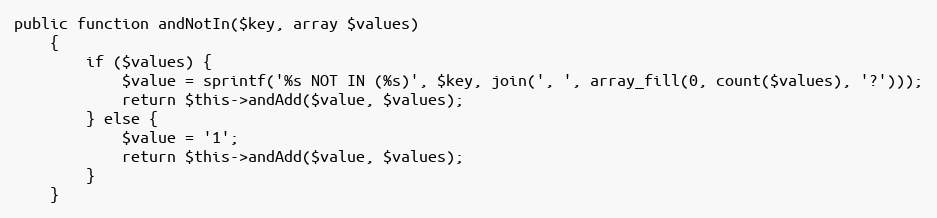
Language: PHP
public function andNotIn($key, array $values)
    {
        if ($values) {
            $value = sprintf('%s NOT IN (%s)', $key, join(', ', array_fill(0, count($values), '?')));
            return $this->andAdd($value, $values);
        } else {
            $value = '1';
            return $this->andAdd($value, $values);
        }
    }